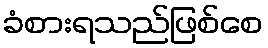
ခံစားရသည်ဖြစ်စေ